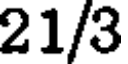
21/3